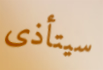
سيتأذى